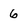
Character: 6